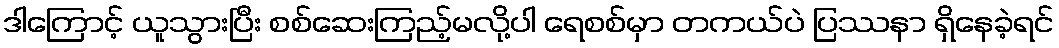
ဒါကြောင့် ယူသွားပြီး စစ်ဆေးကြည့်မလို့ပါ ရေစစ်မှာ တကယ်ပဲ ပြဿနာ ရှိနေခဲ့ရင်